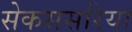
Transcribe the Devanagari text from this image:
सेकससरिया